Civil Veterinary Dept. Assam report 1927-50 - 1927-1950
Year: 1927
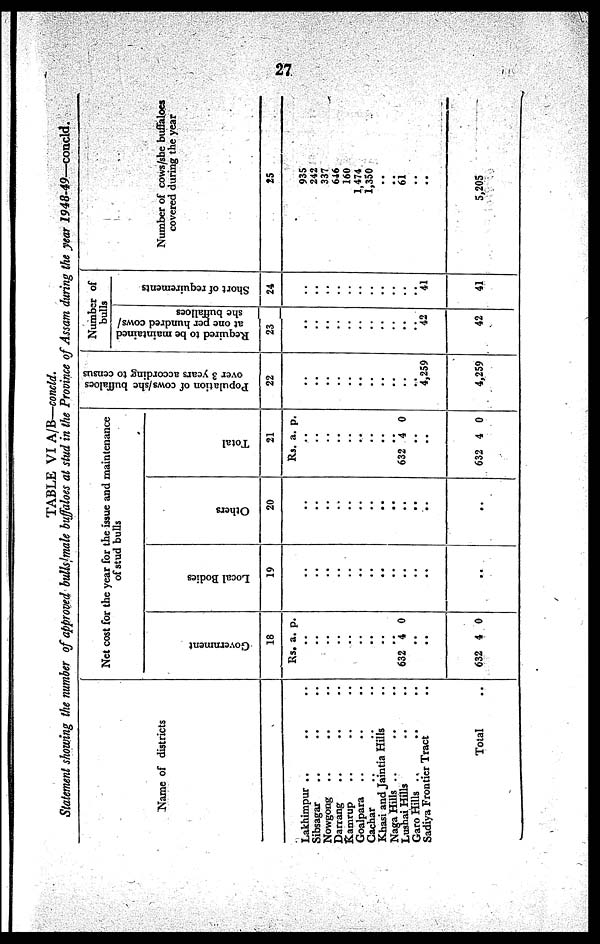
27
TABLE VI A/B—concld.
Statement showing the number of approved bulls / male buffaloes at stud in the Province of Assam during the year 1948-49—concld.
Name of districts
Lakhimpur .. .. ..
Sibsagar .. .. ..
Nowgong .. .. ..
Darrang .. .. ..
Kamrup .. .. ..
Goalpara .. .. ..
Cachar .. .. ..
Khasi and Jaintia Hills ..
Naga Hills .. .. ..
Lusnai Hills .. ..
Garo Hills .. .. ..
Sadiya Frontier Tract ..
Total ..
Net cost for the year for the issue and maintenance
of stud bulls
Go v e rn
me n t
18
Rs.
..
..
..
..
..
..
..
..
632
..
..
632
a.
4
4
p.
0
0
Local Bodies
19
..
..
..
..
..
..
..
..
..
..
..
..
Others
20
..
..
..
..
..
..
..
..
..
..
..
..
Total
21
Rs.
..
..
..
..
..
..
..
..
632
..
..
632
a.
4
4
p.
0
0
Population of cows/she buffaloes
over 3 years according to census
22
..
..
..
..
..
..
..
..
..
..
4,259
4,259
Number of
bulls
Required to be maintained
at one per hundred cows/
she burfalloes
23
..
..
..
..
..
..
..
..
..
..
42
42
Short of requirements
24
..
..
..
..
..
..
..
..
..
..
41
41
Number of cows/she buffaloes
covered during the year
25
935
242
337
646
160
1,474
1,350
..
61
..
..
5,205